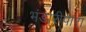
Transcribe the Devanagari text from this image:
भंडारीपारा